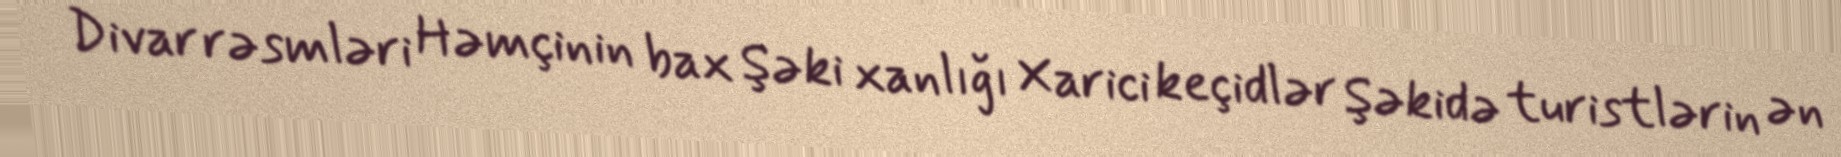
Divar rəsmləri Həmçinin bax Şəki xanlığı Xarici keçidlər Şəkidə turistlərin ən